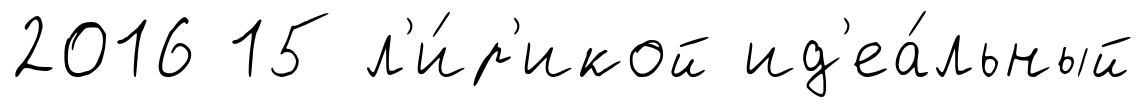
2016 15 л'и́р'икой ид'еа́льный